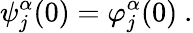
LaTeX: \psi_{j}^{\alpha}(0)=\varphi_{j}^{\alpha}(0)\ .